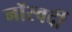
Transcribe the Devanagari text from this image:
नॉस्वर्दी